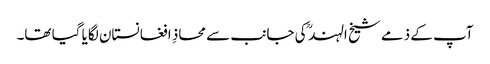
آپ کے ذمے شیخ الہند ؒ کی جانب سے محاذِ افغانستان لگایا گیا تھا۔